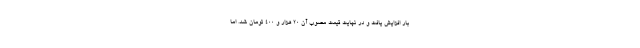
بار افزایش یافت و در نهایت قیمت مصوب آن ۲۰ هزار و ۴۰۰ تومان شد. اما